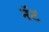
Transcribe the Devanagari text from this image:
नॅट